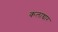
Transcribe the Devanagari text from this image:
कलाच्चार